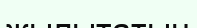
жылытатын